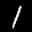
Label: 1